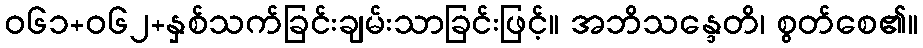
ဝ၆၁+၀၆၂+နှစ်သက်ခြင်းချမ်းသာခြင်းဖြင့်။ အဘိသန္ဒေတိ၊ စွတ်စေ၏။